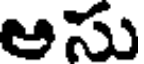
ఆసు